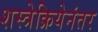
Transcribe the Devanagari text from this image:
शस्त्रेक्रियेनंतर